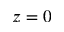
z = 0